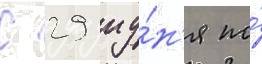
С 29 иу́н'я по́